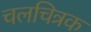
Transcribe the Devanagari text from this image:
चलचित्रक